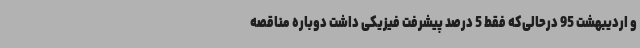
و اردیبهشت 95 درحالی‌که فقط 5 درصد پیشرفت فیزیکی داشت دوباره مناقصه